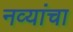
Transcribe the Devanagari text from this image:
नव्यांचा